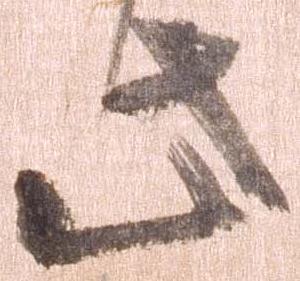
此